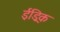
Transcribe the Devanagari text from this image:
ईड्रिक